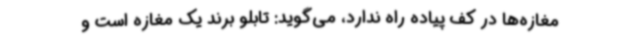
مغازه‌ها در کف پیاده راه ندارد، می‌گوید: تابلو برند یک مغازه است و